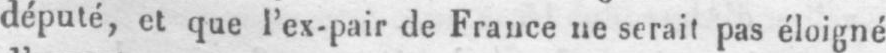
député, et que l’ex-pair de France ne serait pas éloigné